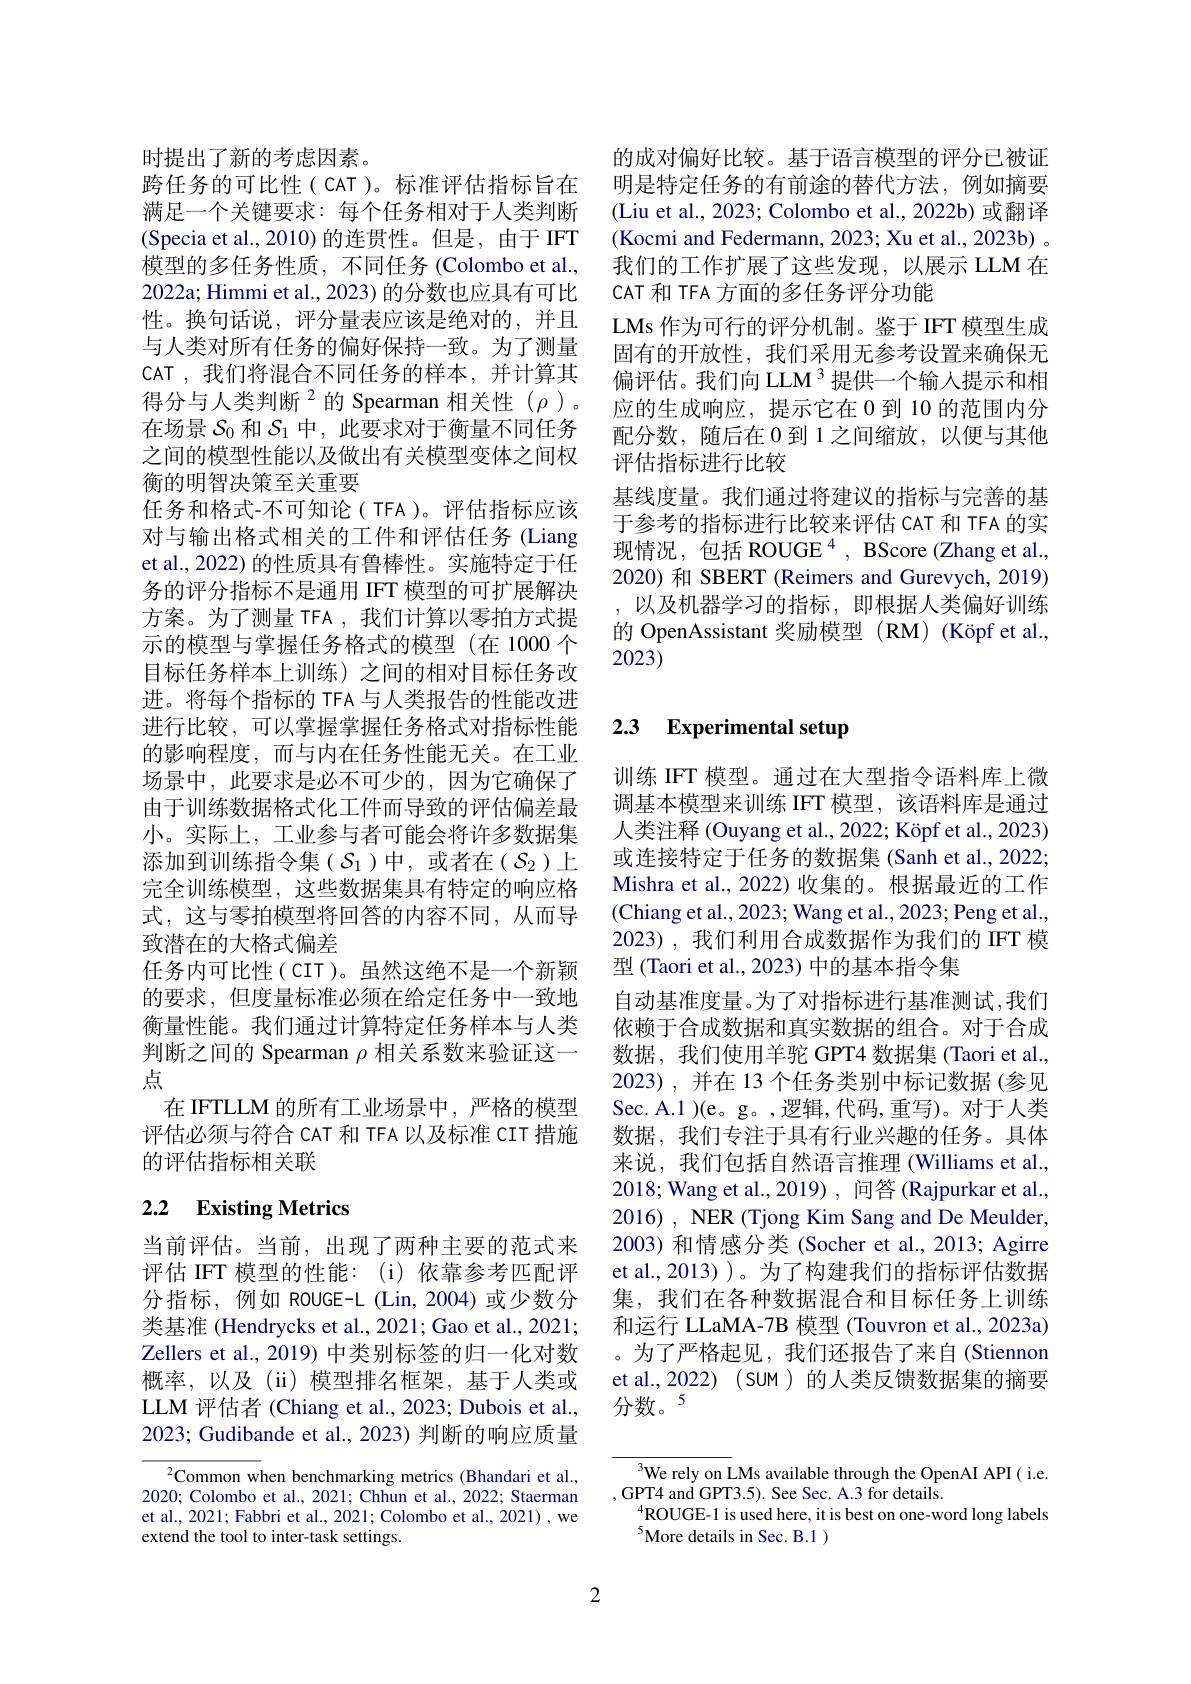
时提出了新的考虑因素。
跨任务的可比性(CAT)。标准评估指标旨在满足一个关键要求：每个任务相对于人类判断(Specia et al.,2010)的连贯性。但是，由于 IFT 模型的多任务性质，不同任务(Colombo et al., 2022a; Himmi et al., 2023) 的分数也应具有可比性。换句话说，评分量表应该是绝对的，并且与人类对所有任务的偏好保持一致。为了测量CAT ,我们将混合不同任务的样本，并计算其得分与人类判断$^{2}$的 Spearman 相关性($\rho)$。在场景$\mathcal{S}_0$和$\mathcal{S}_1$中，此要求对于衡量不同任务之间的模型性能以及做出有关模型变体之间权衡的明智决策至关重要
任务和格式-不可知论(TFA)。评估指标应该对与输出格式相关的工件和评估任务(Liang et al., 2022) 的性质具有鲁棒性。实施特定于任务的评分指标不是通用 IFT 模型的可扩展解决方案。为了测量 TFA , 我们计算以零拍方式提示的模型与掌握任务格式的模型(在 1000 个目标任务样本上训练)之间的相对目标任务改进。将每个指标的 TFA 与人类报告的性能改进进行比较，可以掌握掌握任务格式对指标性能的影响程度，而与内在任务性能无关。在工业场景中，此要求是必不可少的，因为它确保了由于训练数据格式化工件而导致的评估偏差最小。实际上，工业参与者可能会将许多数据集添加到训练指令集( $\mathcal{S}_1$ )中，或者在( $\mathcal{S}_2$ )上完全训练模型，这些数据集具有特定的响应格式，这与零拍模型将回答的内容不同，从而导致潜在的大格式偏差
任务内可比性(CIT)。虽然这绝不是一个新颖的要求，但度量标准必须在给定任务中一致地衡量性能。我们通过计算特定任务样本与人类判断之间的 Spearman $\rho$相关系数来验证这一点
在 IFTLLM 的所有工业场景中，严格的模型评估必须与符合 CAT 和 TFA 以及标准 CII 措施的评估指标相关联

# 2.2 Existing Metrics

当前评估。当前，出现了两种主要的范式来评估 IFT 模型的性能：(i) 依靠参考匹配评分指标，例如 ROUGE-L (Lin,2004)或少数分类基准 (Hendrycks et al., 2021; Gao et al., 2021; Zellers et al., 2019) 中类别标签的归一化对数概率，以及(ii)模型排名框架，基于人类或LLM 评估者 (Chiang et al., 2023; Dubois et al., 2023; Gudibande et al., 2023) 判断的响应质量

${\overline{{^2}\text{Common w}}}$hen benchmarking metrics(Bhandari et al., 2020; Colombo et al., 2021; Chhun et al., 2022; Staerman et al., 2021; Fabbri et al., 2021; Colombo et al., 2021) , we extend the tool to inter-task settings.

2

的成对偏好比较。基于语言模型的评分已被证明是特定任务的有前途的替代方法，例如摘要(Liu et al., 2023; Colombo et al., 2022b) 或翻译(Kocmi and Federmann, 2023; Xu et al., 2023b) 。我们的工作扩展了这些发现，以展示 LLM 在CAT 和 TFA 方面的多任务评分功能
LMs 作为可行的评分机制。鉴于 IFT 模型生成固有的开放性，我们采用无参考设置来确保无偏评估。我们向 LLM $^{3}$提供一个输入提示和相应的生成响应，提示它在 0 到 10 的范围内分配分数，随后在 0 到 1 之间缩放，以便与其他评估指标进行比较
基线度量。我们通过将建议的指标与完善的基于参考的指标进行比较来评估 CAT 和 TFA 的实现情况，包括 ROUGE$^4$, BScore (Zhang et al., 2020) 和 SBERT (Reimers and Gurevych, 2019) ,以及机器学习的指标，即根据人类偏好训练的 OpenAssistant 奖励模型 (RM) (Köpf et al., 2023)

# 2.3 Experimental setup

训练 IFT 模型。通过在大型指令语料库上微调基本模型来训练 IFT 模型，该语料库是通过人类注释 (Ouyang et al., 2022; Köpf et al., 2023) 或连接特定于任务的数据集 (Sanh et al., 2022; Mishra et al., 2022) 收集的。根据最近的工作(Chiang et al., 2023; Wang et al., 2023; Peng et al. 2023),我们利用合成数据作为我们的 IFT 模型 (Taori et al., 2023) 中的基本指令集
自动基准度量。为了对指标进行基准测试，我们依赖于合成数据和真实数据的组合。对于合成数据，我们使用羊驼 GPT4 数据集 (Taori et al., 2023),并在 13 个任务类别中标记数据(参见Sec. A.1 )(e。g。,逻辑，代码，重写)。对于人类数据，我们专注于具有行业兴趣的任务。具体来说，我们包括自然语言推理 (Williams et al., 2018; Wang et al.,2019) , 问答 (Rajpurkar et al., 2016) , NER (Tjong Kim Sang and De Meulder, 2003) 和情感分类 (Socher et al., 2013; Agirre et al., 2013) )。为了构建我们的指标评估数据集，我们在各种数据混合和目标任务上训练和运行 LLaMA-7B 模型 (Touvron et al., 2023a) 。为了严格起见，我们还报告了来自(Stiennon et al., 2022) (sum) 的人类反馈数据集的摘要分数。5

We rely on LMs available through the OpenAI API( i.e.
,GPT4 and GPT3.5). See Sec. A.3 for details.
$^{4}$ROUGE-1 is used here, it is best on one-word long labels
$^{5}$More details in Sec. B.1 )